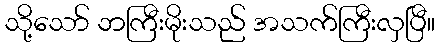
သို့သော် ဘကြီးမိုးသည် အသက်ကြီးလှပြီ။